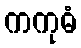
ကကုဓံ